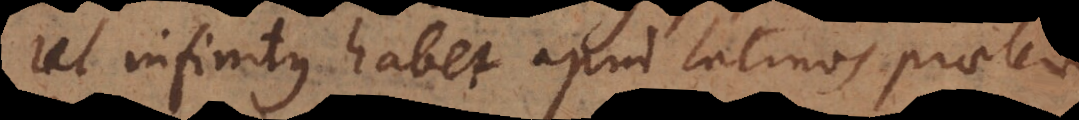
Ut infinitus habet apud Latinos praeteritum